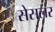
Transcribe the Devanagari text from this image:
सेसलर